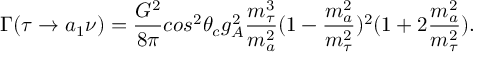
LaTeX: \Gamma ( \tau \rightarrow a _ { 1 } \nu ) = \frac { G ^ { 2 } } { 8 \pi } c o s ^ { 2 } \theta _ { c } g _ { A } ^ { 2 } \frac { m _ { \tau } ^ { 3 } } { m _ { a } ^ { 2 } } ( 1 - \frac { m _ { a } ^ { 2 } } { m _ { \tau } ^ { 2 } } ) ^ { 2 } ( 1 + 2 \frac { m _ { a } ^ { 2 } } { m _ { \tau } ^ { 2 } } ) .